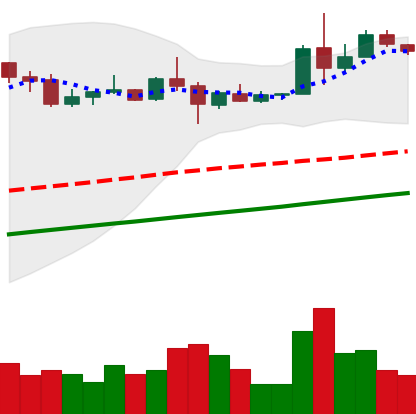
Ticker: XLM-USD
Chart end date: 2020-08-06
Forward return: -5.168%
Label: down_5_7